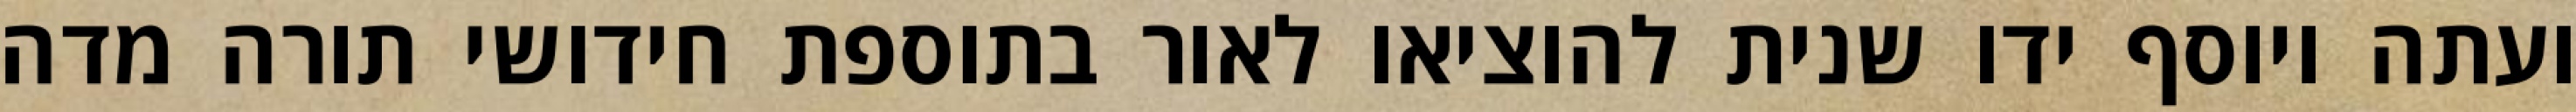
ועתה ויוסף ידו שנית להוציאו לאור בתוספת חידושי תורה מדה